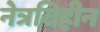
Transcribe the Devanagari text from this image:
नेत्रविहीन